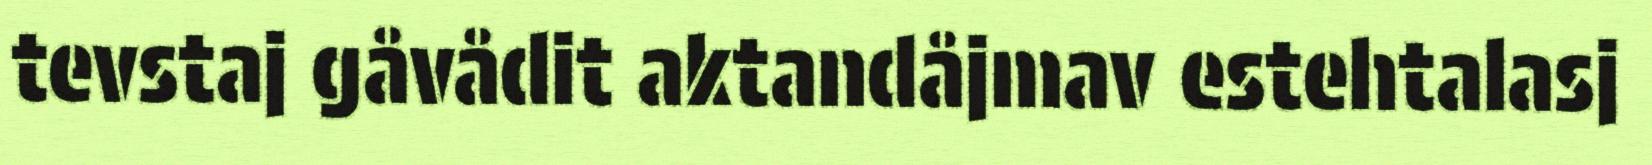
tevstaj gåvådit aktandåjmav estehtalasj